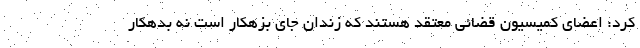
کرد: اعضای کمیسیون قضائی معتقد هستند که زندان جای بزهکار است نه بدهکار